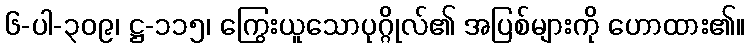
၆-ပါ-၃၀၉၊ ဋ္ဌ-၁၁၅၊ ကြွေးယူသောပုဂ္ဂိုလ်၏ အပြစ်များကို ဟောထား၏။